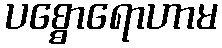
ပစ္စောရောဟာမ